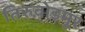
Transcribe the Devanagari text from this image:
तिरुवोइमूर